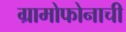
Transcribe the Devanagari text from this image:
ग्रामोफोनाची